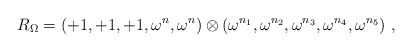
\begin{align*}R_{\Omega}=(+1, +1, +1, \omega^n, \omega^n)\otimes (\omega^{n_1}, \omega^{n_2}, \omega^{n_3},\omega^{n_4}, \omega^{n_5}) ~,~\,\end{align*}